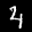
Label: 4